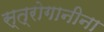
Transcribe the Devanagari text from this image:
स्त्रोगानीना